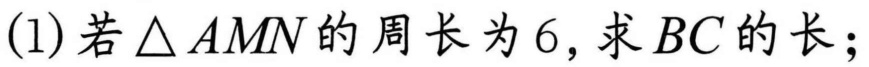
(1) 若\(\triangle AMN\)的周长为\(6\)，求\(BC\)的长；